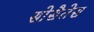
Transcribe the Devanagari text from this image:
सोसैतेस